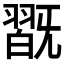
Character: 𣄹